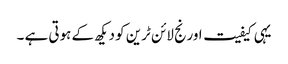
یہی کیفیت اورنج لائن ٹرین کو دیکھ کے ہوتی ہے ۔